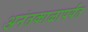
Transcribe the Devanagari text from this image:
अनंतकाळापर्यंत